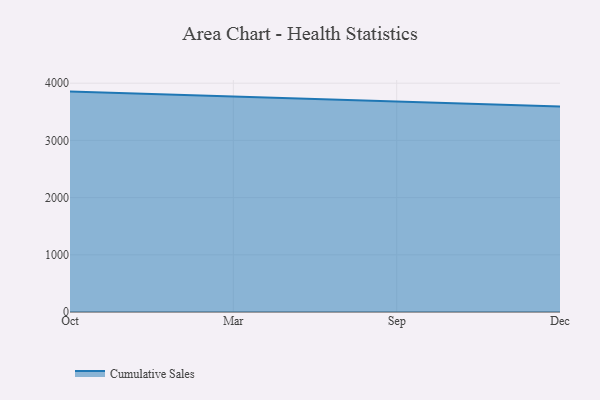
{"axis": {"x": "Month", "y": "Latency (ms)"}, "legend": ["Cumulative Sales"], "data": [{"x": "Oct", "y": 3852.9, "type": "Cumulative Sales"}, {"x": "Mar", "y": 3770.6, "type": "Cumulative Sales"}, {"x": "Sep", "y": 3687.7, "type": "Cumulative Sales"}, {"x": "Dec", "y": 3594.3, "type": "Cumulative Sales"}]}